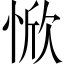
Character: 惞